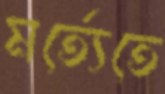
মর্ত্যেতে